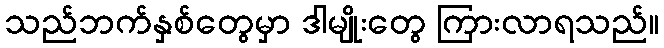
သည်ဘက်နှစ်တွေမှာ ဒါမျိုးတွေ ကြားလာရသည်။